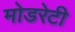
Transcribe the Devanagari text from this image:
मोडरेटी